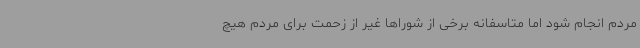
مردم انجام شود اما متاسفانه برخی از شوراها غیر از زحمت برای مردم هیچ